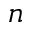
_ n